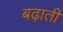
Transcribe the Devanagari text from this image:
बढ़ातीं